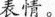
表情。